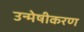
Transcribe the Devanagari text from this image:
उन्मेषीकरण